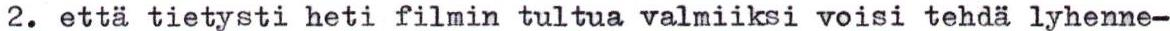
2. että tietysti heti filmin tultua valmiiksi voisi tehdä lyhenne-